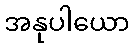
အနုပါယော